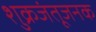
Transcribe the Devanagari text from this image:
शुक्रजंतूजनक